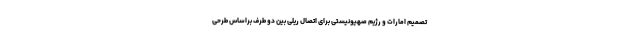
تصمیم امارات و رژیم صهیونیستی برای اتصال ریلی بین دو طرف براساس طرحی